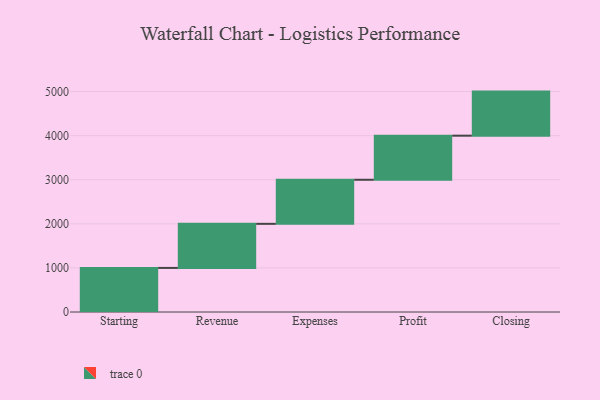
{"axis": {"x": "Step", "y": "Value"}, "legend": [""], "data": [{"x": "Starting", "y": 1000, "type": ""}, {"x": "Revenue", "y": 1000, "type": ""}, {"x": "Expenses", "y": 1000, "type": ""}, {"x": "Profit", "y": 1000, "type": ""}, {"x": "Closing", "y": 1000, "type": ""}]}